Scottish Leaving Certificate Examination, 1959
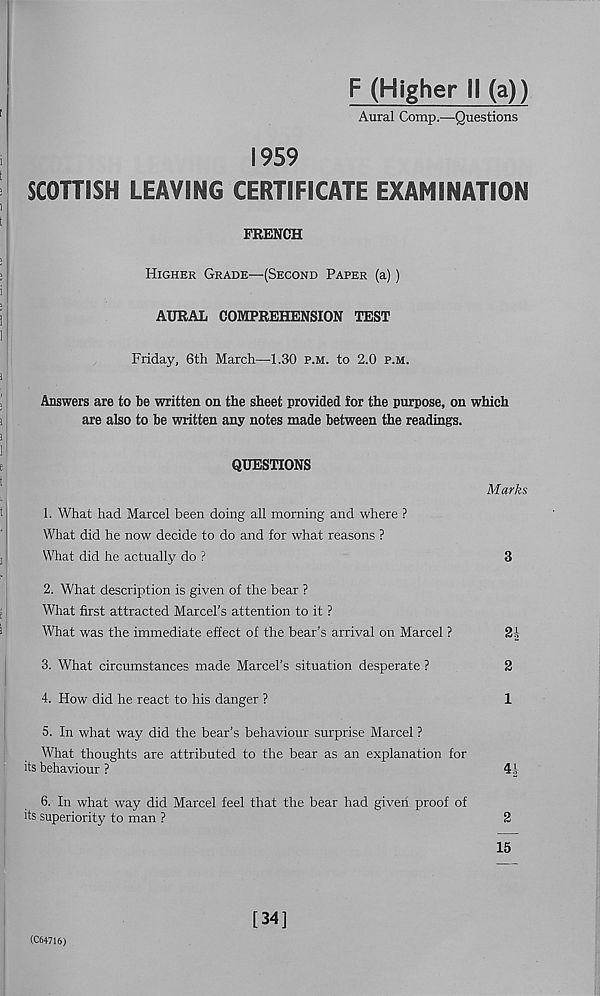
F (Higher II (a))
Aural Comp.—Questions
1959
SCOTTISH LEAVING CERTIFICATE EXAMINATION
FRENCH
Higher Grade—(Second Paper (a))
AURAL COMPREHENSION TEST
Friday, 6th March—1.30 p.m. to 2.0 p.m.
Answers are to be written on the sheet provided for the purpose, on which
are also to be written any notes made between the readings.
QUESTIONS
1. What had Marcel been doing all morning and where ?
What did he now decide to do and for what reasons ?
What did he actually do ?
2. What description is given of the bear ?
What first attracted Marcel’s attention to it ?
What was the immediate effect of the bear’s arrival on Marcel ?
21
3. What circumstances made Marcel’s situation desperate ?
2
4. How did he react to his danger ?
1
5. In what way did the bear’s behaviour surprise Marcel ?
What thoughts are attributed to the bear as an explanation for
its behaviour ?
41
6. In what way did Marcel feel that the bear had given proof of
its superiority to man ?
2
15
Marks
3
(C64716)
[34]